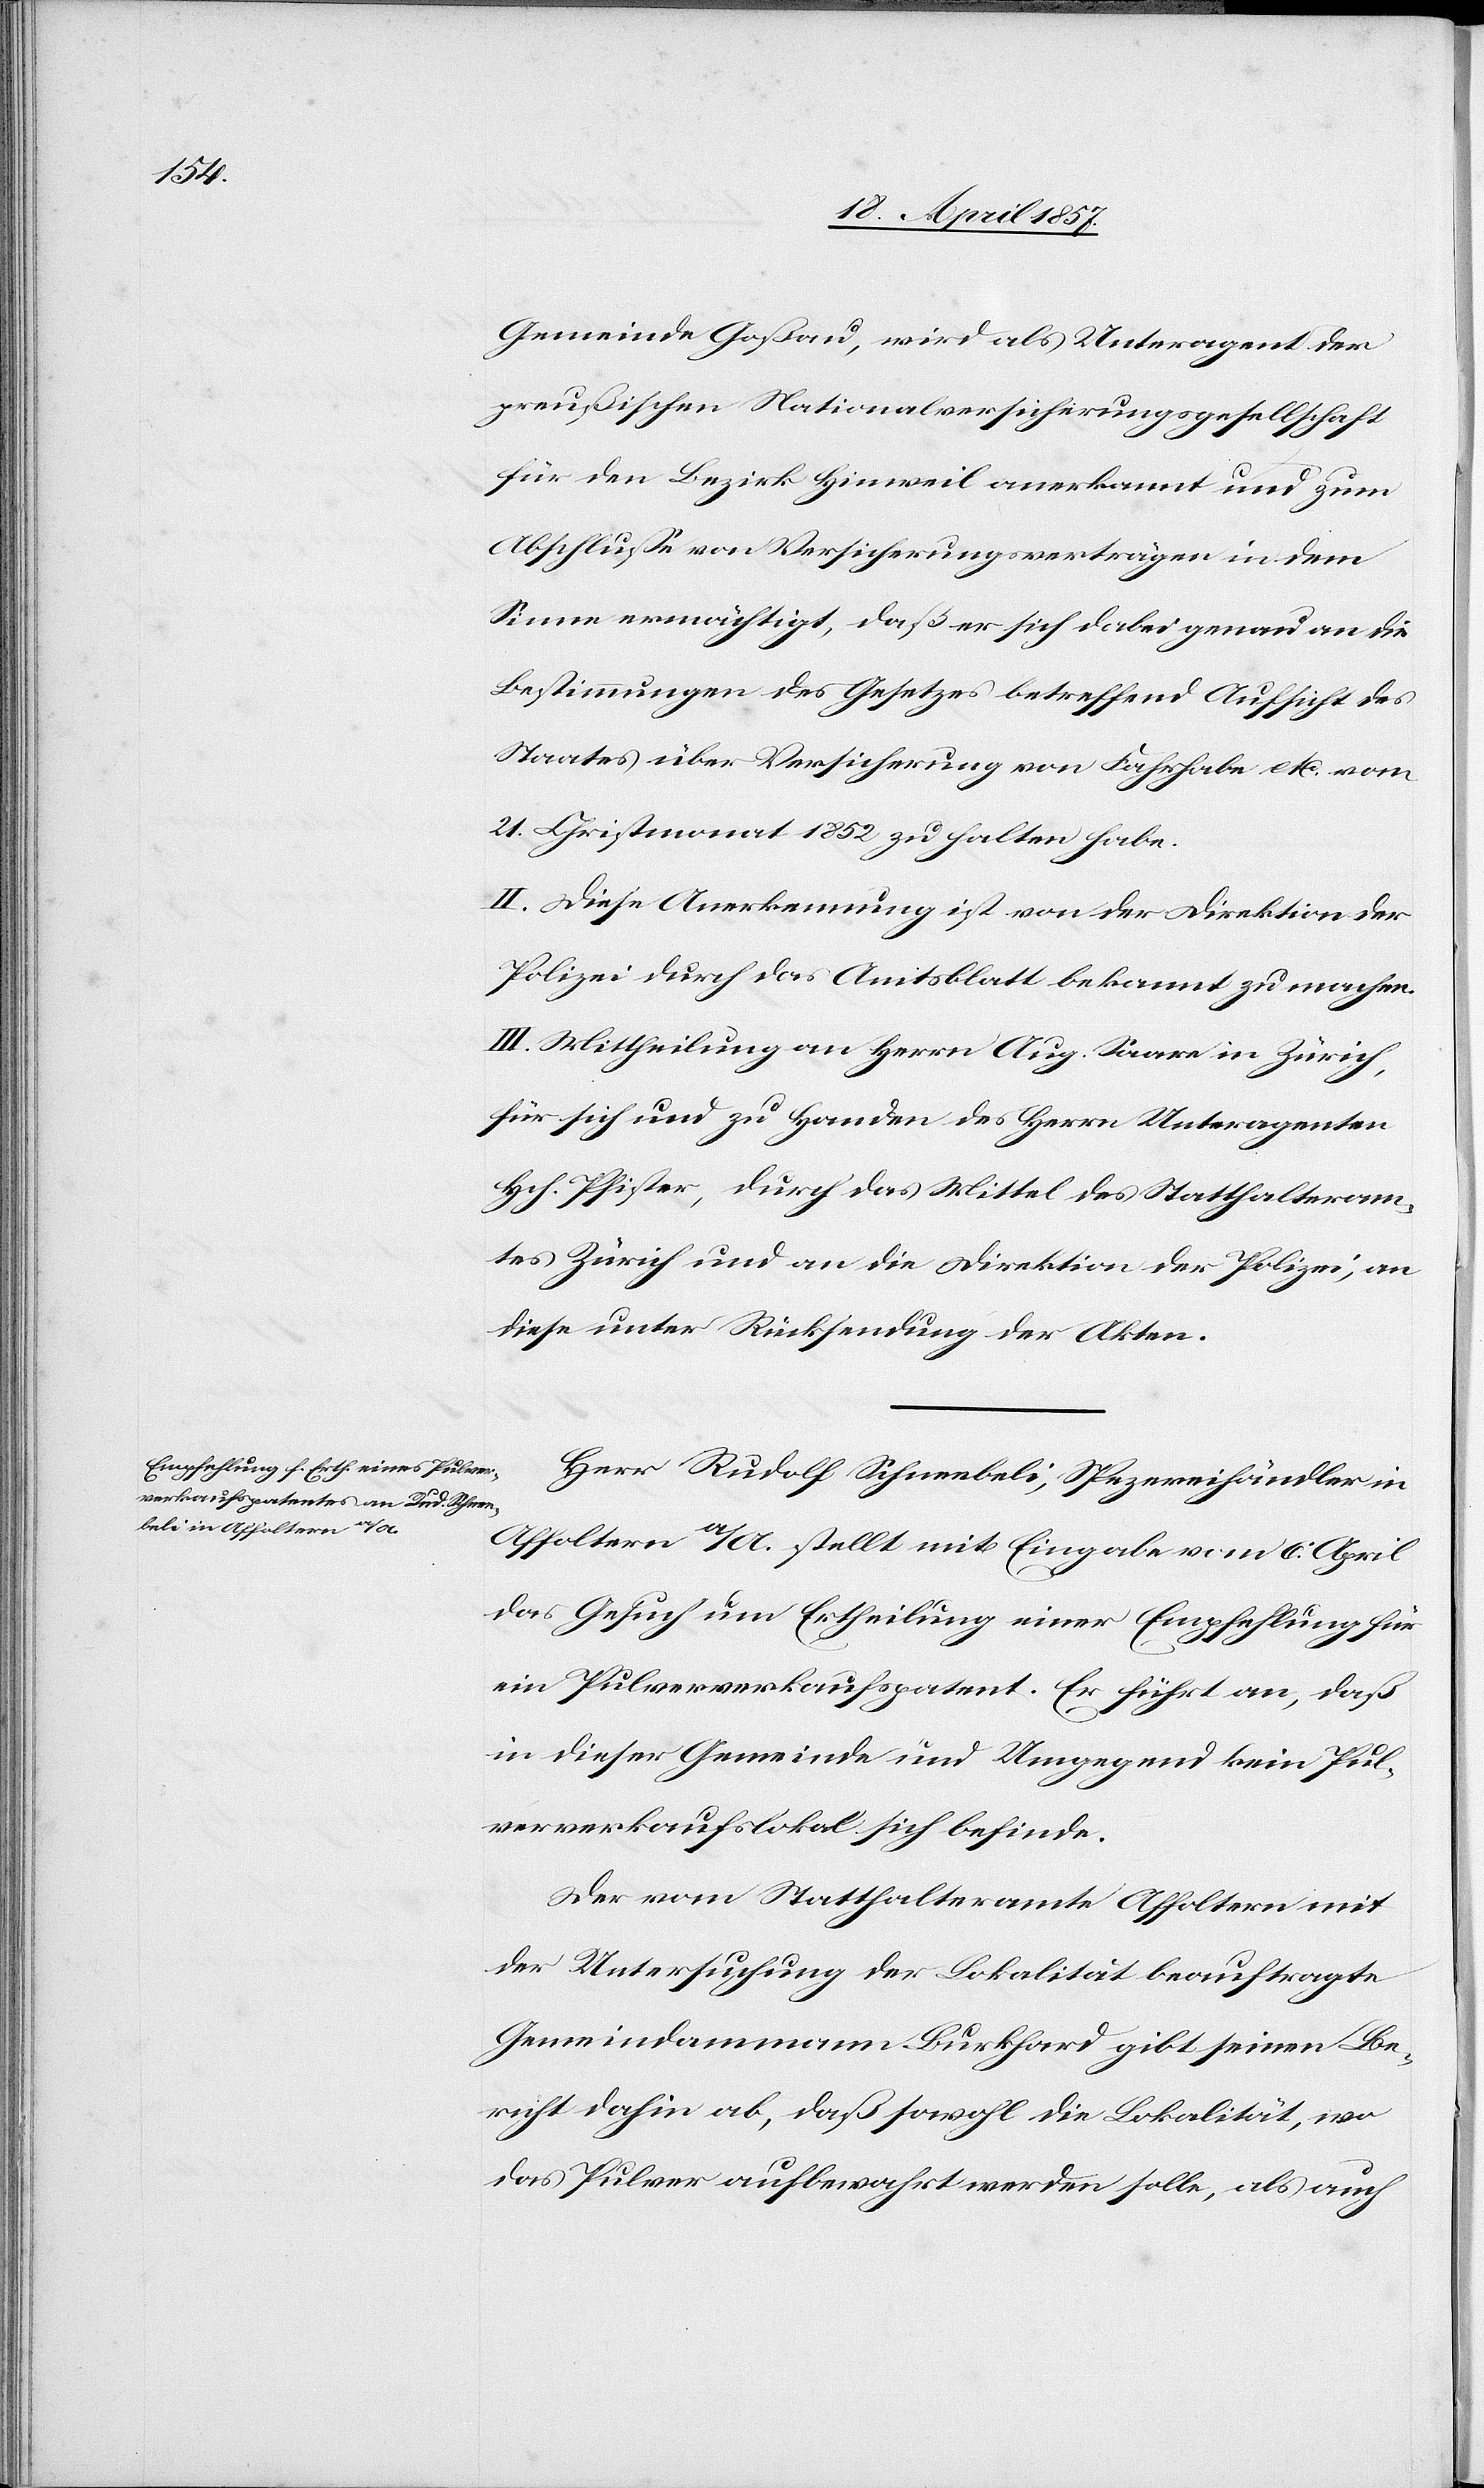
Gemeinde Goßau, wird als Unteragent der
preußischen Nationalversicherungsgesellschaft
für den Bezirk Hinweil anerkannt und zum
Abschlusse von Versicherungsverträgen in dem
Sinne ermächtigt, daß er sich dabei genau an die
Bestimmungen des Gesetzes betreffend Aufsicht des
Staates über Versicherung von Fahrhabe etc. vom
21. Christmonat 1852 zu halten habe.
II. Diese Anerkennung ist von der Direktion der
Polizei durch das Amtsblatt bekannt zu machen.
III. Mittheilung an Herrn Aug. Saare in Zürich,
für sich und zu Handen des Herrn Unteragenten
Hch. Pfister, durch das Mittel des Statthalteram¬
tes Zürich und an die Direktion der Polizei, an
diese unter Rücksendung der Akten.
Herr Rudolf Schneebeli, Spezereihändler in
Affoltern a/A. stellt mit Eingabe vom 6. April
das Gesuch um Ertheilung einer Empfehlung für
ein Pulververkaufspatent. Er führt an, daß
in dieser Gemeinde und Umgegend kein Pul¬
ververkaufslokal sich befinde.
Der vom Statthalteramte Affoltern mit
der Untersuchung der Lokalität beauftragte
Gemeindammann Burkhard gibt seinen Be¬
richt dahin ab, daß sowohl die Lokalität, wo
das Pulver aufbewahrt werden solle, als auch